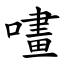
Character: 㗲